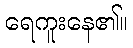
ရေကူးနေ၏။